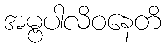
အမ္ဗပါလိဝနေတိ